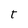
Character: r